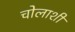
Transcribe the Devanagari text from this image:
चोलाशी